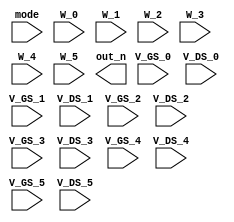
module SMC(
  // Input signals
  mode,
  W_0, V_GS_0, V_DS_0,
  W_1, V_GS_1, V_DS_1,
  W_2, V_GS_2, V_DS_2,
  W_3, V_GS_3, V_DS_3,
  W_4, V_GS_4, V_DS_4,
  W_5, V_GS_5, V_DS_5,

  // Output signals
  out_n
);

//================================================================
//   INPUT AND OUTPUT DECLARATION
//================================================================
input [2:0] W_0, V_GS_0, V_DS_0;
input [2:0] W_1, V_GS_1, V_DS_1;
input [2:0] W_2, V_GS_2, V_DS_2;
input [2:0] W_3, V_GS_3, V_DS_3;
input [2:0] W_4, V_GS_4, V_DS_4;
input [2:0] W_5, V_GS_5, V_DS_5;

input [1:0] mode;

output reg [9:0] out_n;



//assign temp_output0 = out_n;

endmodule